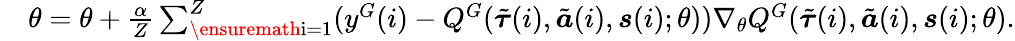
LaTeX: \begin{array}{rl}&{\theta=\theta+\frac{\alpha}{Z}\sum_{\textrm{\ensuremath{i=1}}}^{Z}(y^{G}(i)-Q^{G}(\tilde{\boldsymbol{\tau}}(i),\tilde{\boldsymbol{a}}(i),\boldsymbol{s}(i);\theta))\nabla_{\theta}Q^{G}(\tilde{\boldsymbol{\tau}}(i),\tilde{\boldsymbol{a}}(i),\boldsymbol{s}(i);\theta).}\end{array}